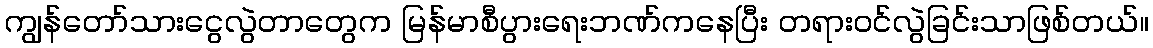
ကျွန်တော်သားငွေလွဲတာတွေက မြန်မာစီပွားရေးဘဏ်ကနေပြီး တရားဝင်လွဲခြင်းသာဖြစ်တယ်။